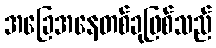
အခြေအနေတစ်ခုဖြစ်သည်